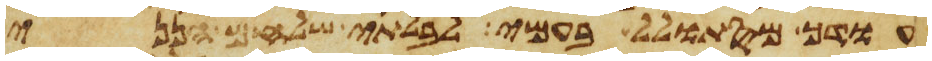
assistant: עודך מסתולל בעמי לבלתי שלחם הנני